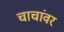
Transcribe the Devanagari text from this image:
चाचांवर